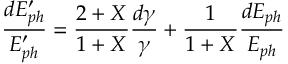
\frac { d E _ { p h } ^ { \prime } } { E _ { p h } ^ { \prime } } = \frac { 2 + X } { 1 + X } \frac { d \gamma } { \gamma } + \frac { 1 } { 1 + X } \frac { d E _ { p h } } { E _ { p h } }